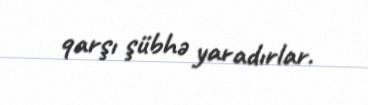
qarşı şübhə yaradırlar.